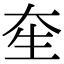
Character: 𤯗